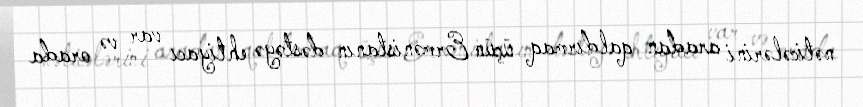
nəticələrini aradan qaldırmaq üçün Ermənistanın dəstəyə ehtiyacı var və orada